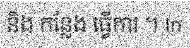
និង កន្លែង ធ្វើការ ។ In